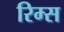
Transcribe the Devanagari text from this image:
रिम्स